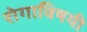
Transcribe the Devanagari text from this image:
रोगाविषयी